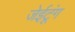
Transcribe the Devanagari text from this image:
जेईटूंग